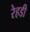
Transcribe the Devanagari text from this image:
रेहडी